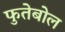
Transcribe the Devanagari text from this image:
फुतेबोल